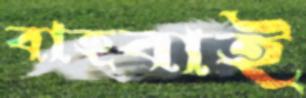
বাহবাই